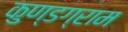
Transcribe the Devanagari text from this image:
कुण्डग्राम